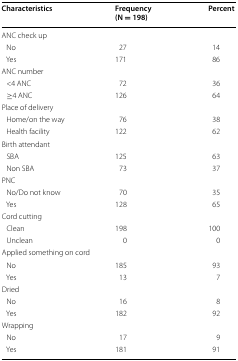
| Characteristics | Frequency (N = 198) | Percent |
 | --- | --- | --- |
 | <COLSPAN=3> ANC check up |
 | No | 27 | 14 |
 | Yes | 171 | 86 |
 | <COLSPAN=3> ANC number |
 | <4 ANC | 72 | 36 |
 | ≥4 ANC | 126 | 64 |
 | <COLSPAN=3> Place of delivery |
 | Home/on the way | 76 | 38 |
 | Health facility | 122 | 62 |
 | <COLSPAN=3> Birth attendant |
 | SBA | 125 | 63 |
 | Non SBA | 73 | 37 |
 | <COLSPAN=3> PNC |
 | No/Do not know | 70 | 35 |
 | Yes | 128 | 65 |
 | <COLSPAN=3> Cord cutting |
 | Clean | 198 | 100 |
 | Unclean | 0 | 0 |
 | <COLSPAN=3> Applied something on cord |
 | No | 185 | 93 |
 | Yes | 13 | 7 |
 | <COLSPAN=3> Dried |
 | No | 16 | 8 |
 | Yes | 182 | 92 |
 | <COLSPAN=3> Wrapping |
 | No | 17 | 9 |
 | Yes | 181 | 91 |